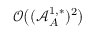
\mathcal { O } \big ( ( \mathcal { A } _ { A } ^ { 1 , * } ) ^ { 2 } \big )